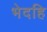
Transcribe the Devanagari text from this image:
भेदहि